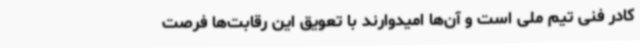
کادر فنی تیم ملی است و آن‌ها امیدوارند با تعویق این رقابت‌ها فرصت